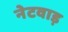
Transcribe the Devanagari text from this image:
नेटवाड़